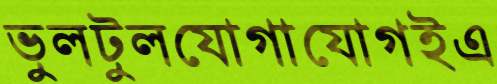
ভুলটুলযোগাযোগইএ